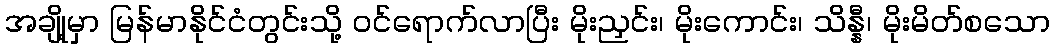
အချို့မှာ မြန်မာနိုင်ငံတွင်းသို့ ဝင်ရောက်လာပြီး မိုးညှင်း၊ မိုးကောင်း၊ သိန္နီ၊ မိုးမိတ်စသော